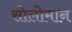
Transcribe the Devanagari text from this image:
सोलोमान